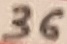
Text: 36